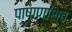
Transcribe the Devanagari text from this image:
पाषाणाश्व